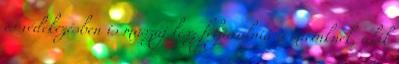
és védekezésben is muszáj lesz feljavulnia a mieinknek, akik